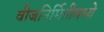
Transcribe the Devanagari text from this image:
वीजनिर्मितीमध्ये